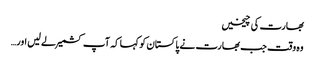
بھارت کی چیخیں
وہ وقت جب بھارت نے پاکستان کو کہا کہ آپ کشمیر لے لیں اور…